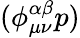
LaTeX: (\phi_{{\mu}{\nu}}^{\alpha\beta}p)